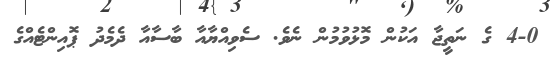
4-0 ގެ ނަތީޖާ އަކުން މޮޅުވުމުން ނެވެ. ސެވިއްޔާއާ ބާސާއާ ދެމެދު ޕޮއިންޓެއްގެ